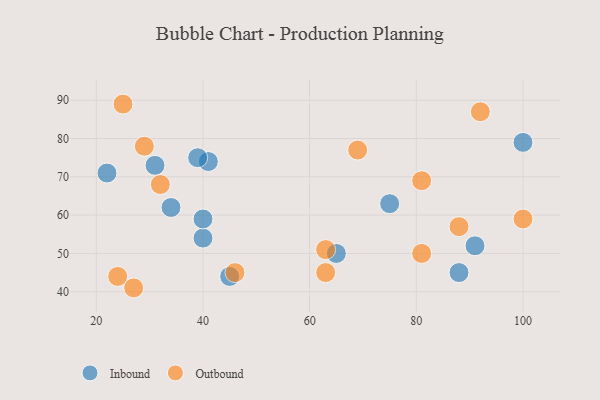
{"axis": {"x": "GDP", "y": "Life Expectancy"}, "legend": ["Inbound", "Outbound"], "data": [{"x": "40", "y": 54, "type": "Inbound"}, {"x": "45", "y": 44, "type": "Inbound"}, {"x": "91", "y": 52, "type": "Inbound"}, {"x": "41", "y": 74, "type": "Inbound"}, {"x": "88", "y": 45, "type": "Inbound"}, {"x": "34", "y": 62, "type": "Inbound"}, {"x": "31", "y": 73, "type": "Inbound"}, {"x": "65", "y": 50, "type": "Inbound"}, {"x": "75", "y": 63, "type": "Inbound"}, {"x": "22", "y": 71, "type": "Inbound"}, {"x": "40", "y": 59, "type": "Inbound"}, {"x": "39", "y": 75, "type": "Inbound"}, {"x": "100", "y": 79, "type": "Inbound"}, {"x": "63", "y": 45, "type": "Outbound"}, {"x": "88", "y": 57, "type": "Outbound"}, {"x": "92", "y": 87, "type": "Outbound"}, {"x": "100", "y": 59, "type": "Outbound"}, {"x": "81", "y": 50, "type": "Outbound"}, {"x": "81", "y": 69, "type": "Outbound"}, {"x": "32", "y": 68, "type": "Outbound"}, {"x": "24", "y": 44, "type": "Outbound"}, {"x": "25", "y": 89, "type": "Outbound"}, {"x": "63", "y": 51, "type": "Outbound"}, {"x": "69", "y": 77, "type": "Outbound"}, {"x": "46", "y": 45, "type": "Outbound"}, {"x": "29", "y": 78, "type": "Outbound"}, {"x": "27", "y": 41, "type": "Outbound"}]}